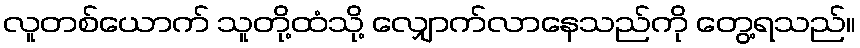
လူတစ်ယောက် သူတို့ထံသို့ လျှောက်လာနေသည်ကို တွေ့ရသည်။